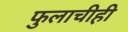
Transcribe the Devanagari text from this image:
फुलाचीही